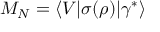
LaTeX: M _ { N } = \langle V | \sigma ( \rho ) | \gamma ^ { * } \rangle